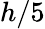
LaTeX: h/5